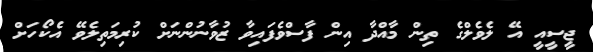
ޖީސީއީ އޭ ލެވެލްގެ ތިން މާއްދާ އިން ފާސްވެފައިވާ ޒުވާނުންނަށް ކުރިމަތިލެވޭ އެކޯހަށް